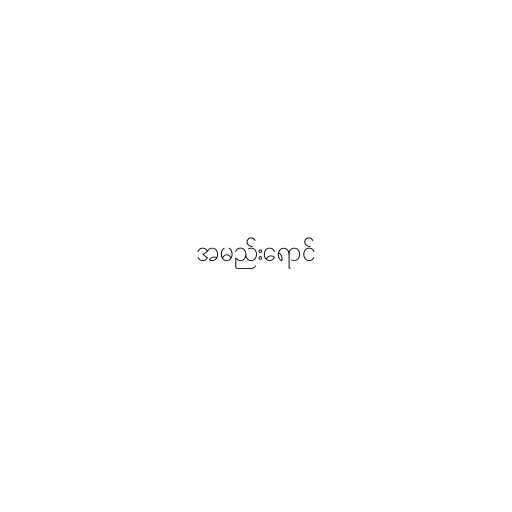
အမည်းရောင်